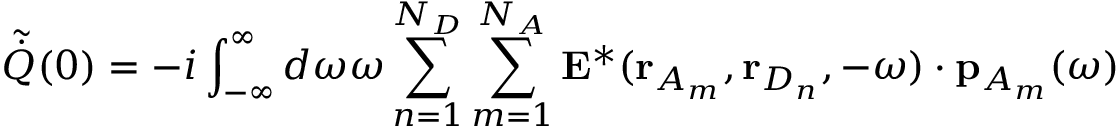
\tilde { \dot { Q } } ( 0 ) = - i \int _ { - \infty } ^ { \infty } d \omega \omega \sum _ { n = 1 } ^ { N _ { D } } \sum _ { m = 1 } ^ { N _ { A } } \mathbf { E } ^ { * } ( \mathbf { r } _ { A _ { m } } , \mathbf { r } _ { D _ { n } } , - \omega ) \cdot { \mathbf { p } } _ { A _ { m } } ( \omega )